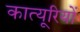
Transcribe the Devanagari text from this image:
कात्यूरियों